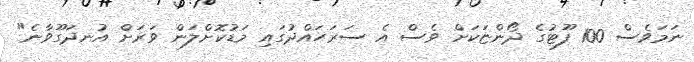
ނަމަވެސް 100 ފޫޓުގެ ދޯންޏަކަށް ވެސް އެ ސަރަހައްދުގައި މަޑުކޮށްލަން ވަރަށް އުނދަގޫވާނެ"